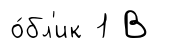
о́бл'ик 1 В